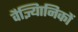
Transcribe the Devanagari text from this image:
वैज्ञ्यिानिकों